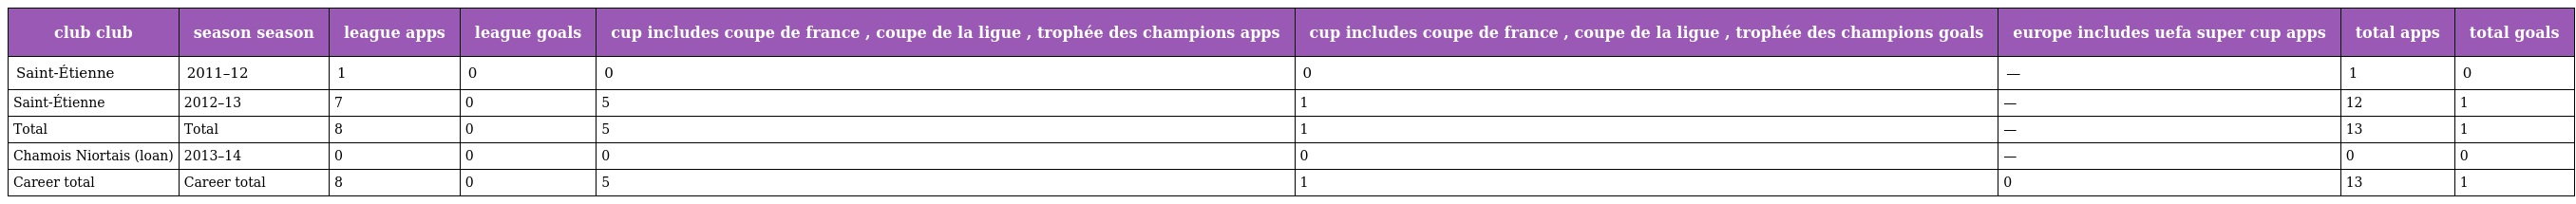
| club club | season season | league apps | league goals | cup includes coupe de france , coupe de la ligue , trophée des champions apps | cup includes coupe de france , coupe de la ligue , trophée des champions goals | europe includes uefa super cup apps | total apps | total goals |
 | --- | --- | --- | --- | --- | --- | --- | --- | --- |
 | Saint-Étienne | 2011–12 | 1 | 0 | 0 | 0 | — | 1 | 0 |
 | Saint-Étienne | 2012–13 | 7 | 0 | 5 | 1 | — | 12 | 1 |
 | Total | Total | 8 | 0 | 5 | 1 | — | 13 | 1 |
 | Chamois Niortais (loan) | 2013–14 | 0 | 0 | 0 | 0 | — | 0 | 0 |
 | Career total | Career total | 8 | 0 | 5 | 1 | 0 | 13 | 1 |